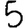
Digit: 5